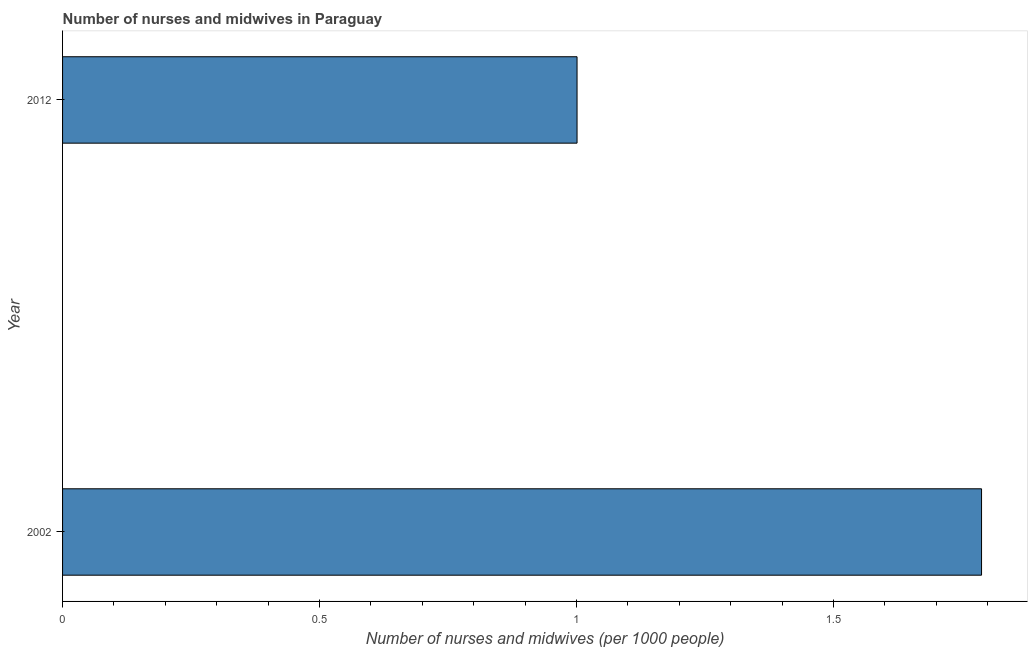
| Year | Nurses and midwives |
 | --- | --- |
 | 2002 | 1.79 |
 | 2012 | 1 |